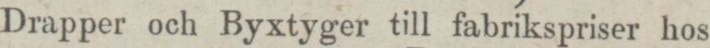
Drapper och Byxtyger till fabrikspriser hos